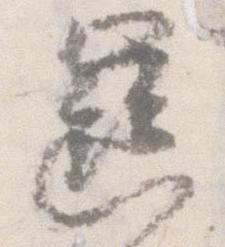
歯